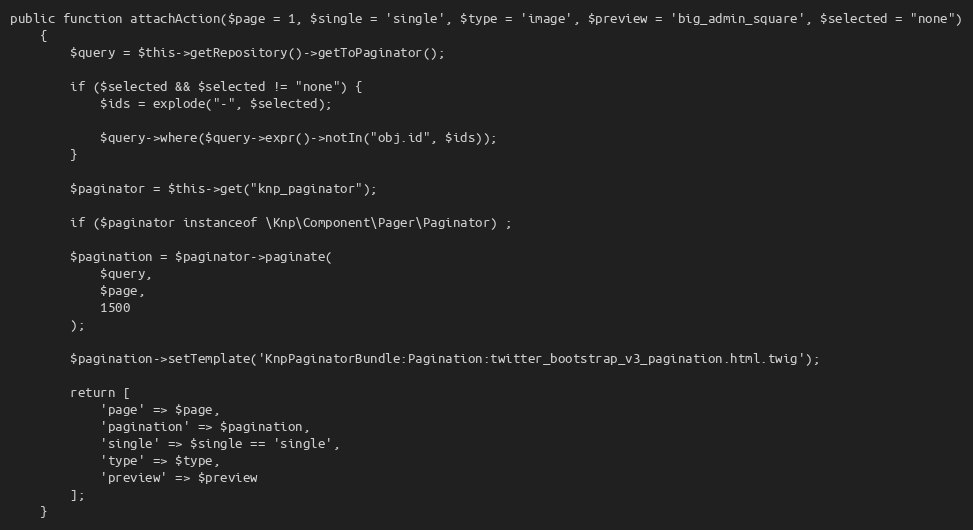
Language: PHP
public function attachAction($page = 1, $single = 'single', $type = 'image', $preview = 'big_admin_square', $selected = "none")
    {
        $query = $this->getRepository()->getToPaginator();

        if ($selected && $selected != "none") {
            $ids = explode("-", $selected);

            $query->where($query->expr()->notIn("obj.id", $ids));
        }

        $paginator = $this->get("knp_paginator");

        if ($paginator instanceof \Knp\Component\Pager\Paginator) ;

        $pagination = $paginator->paginate(
            $query,
            $page,
            1500
        );

        $pagination->setTemplate('KnpPaginatorBundle:Pagination:twitter_bootstrap_v3_pagination.html.twig');

        return [
            'page' => $page,
            'pagination' => $pagination,
            'single' => $single == 'single',
            'type' => $type,
            'preview' => $preview
        ];
    }